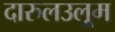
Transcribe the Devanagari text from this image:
दारुलउलूम